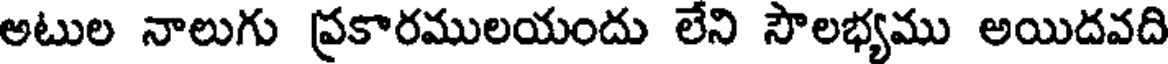
అటుల నాలుగు ప్రకారములయందు లేని సౌలభ్యము అయిదవది